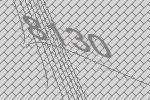
8130